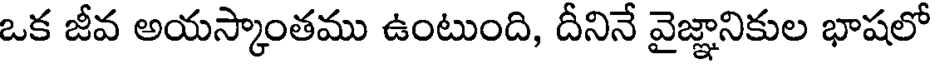
ఒక జీవ అయస్కాంతము ఉంటుంది, దీనినే వైజ్ఞానికుల భాషలో